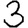
Digit: 3